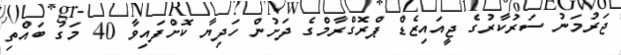
ޖަރުމަނު ސަރުކާރުގެ ޖީއައިޒެޑް ޕްރޮގްރާމްގެ ދަށުން ހަދިޔާ ކޮށްފައިވާ 40 މަގު ބައްތި